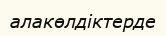
алакөлдіктерде